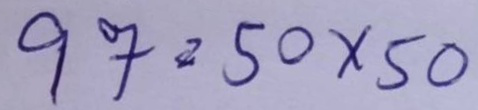
97 = 50x50